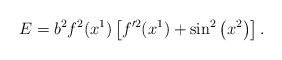
LaTeX: \begin{align*} E=b^2f^2(x^1)\left[ f'^2(x^1)+ \sin^{2}\left( x^2\right) \right].\end{align*}